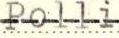
Polli